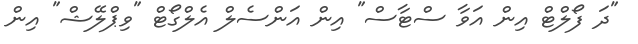
"ދަ ފޯލްޓް އިން އަވާ ސްޓާސް" އިން އަންސެލް އެލްގޯޓް "ވިޕްލޭޝް" އިން